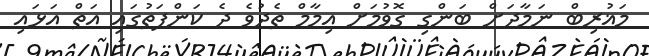
މަޣުރިބް ނަމާދަށް ބަންގި ގޮވުމަށް އިމާމް ތެދުވެ ދެ ކަންފަތުގައި އަތް އަޅައި